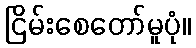
ငြိမ်းစေတော်မူပုံ။